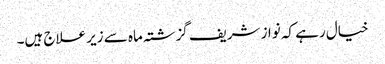
خیال رہے کہ نواز شریف گزشتہ ماہ سے زیر علاج ہیں۔